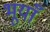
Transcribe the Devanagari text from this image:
भूयाँ